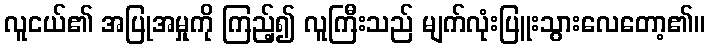
လူငယ်၏ အပြုအမှုကို ကြည့်၍ လူကြီးသည် မျက်လုံးပြူးသွားလေတော့၏။